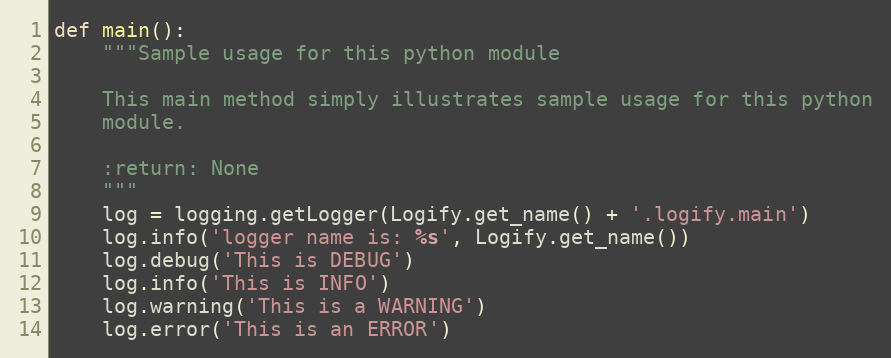
Language: Python
def main():
    """Sample usage for this python module

    This main method simply illustrates sample usage for this python
    module.

    :return: None
    """
    log = logging.getLogger(Logify.get_name() + '.logify.main')
    log.info('logger name is: %s', Logify.get_name())
    log.debug('This is DEBUG')
    log.info('This is INFO')
    log.warning('This is a WARNING')
    log.error('This is an ERROR')